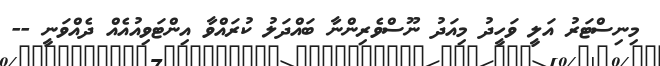
މިނިސްޓަރު އަލީ ވަހީދު މިއަދު ނޫސްވެރިންނާ ބައްދަލު ކުރައްވާ އިންޓަވިއުއެއް ދެއްވަނީ --